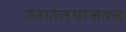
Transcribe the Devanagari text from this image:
कार्यालयाजवळ